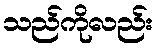
သည်ကိုလည်း